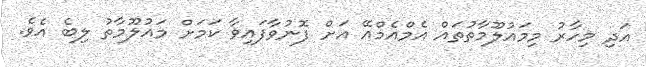
އަދި މިހާރު މިމައުލޫމާތުތައް އެމްއެމްއޭ އަށް ފޮނުވާފައިވާ ކަަމަށް މައުލޫމާތު ލިބެ އެވެ.